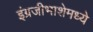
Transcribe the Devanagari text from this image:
इंग्रजीभाशेमध्ये